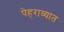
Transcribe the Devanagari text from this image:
पेहराव्यात